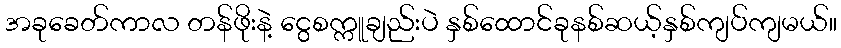
အခုခေတ်ကာလ တန်ဖိုးနဲ့ ငွေစက္ကူချည်းပဲ နှစ်ထောင်ခုနစ်ဆယ့်နှစ်ကျပ်ကျမယ်။